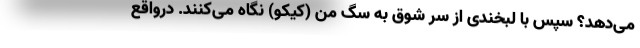
می‌دهد؟ سپس با لبخندی از سر شوق به سگ من (کیکو) نگاه می‌کنند. درواقع